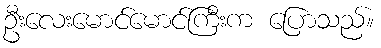
ဦးလေးမောင်မောင်ကြီးက ပြောသည်။